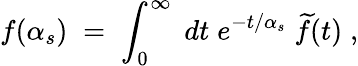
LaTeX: f(\alpha_{s})\; =\; \int_{0}^{\infty}\; dt\; e^{-t/\alpha_{s}}\; \widetilde{f}(t)\; ,